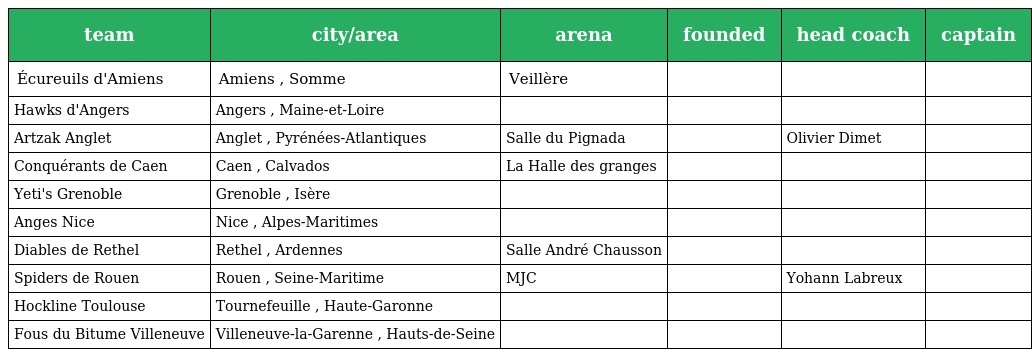
| team | city/area | arena | founded | head coach | captain |
 | --- | --- | --- | --- | --- | --- |
 | Écureuils d'Amiens | Amiens , Somme | Veillère |  |  |  |
 | Hawks d'Angers | Angers , Maine-et-Loire |  |  |  |  |
 | Artzak Anglet | Anglet , Pyrénées-Atlantiques | Salle du Pignada |  | Olivier Dimet |  |
 | Conquérants de Caen | Caen , Calvados | La Halle des granges |  |  |  |
 | Yeti's Grenoble | Grenoble , Isère |  |  |  |  |
 | Anges Nice | Nice , Alpes-Maritimes |  |  |  |  |
 | Diables de Rethel | Rethel , Ardennes | Salle André Chausson |  |  |  |
 | Spiders de Rouen | Rouen , Seine-Maritime | MJC |  | Yohann Labreux |  |
 | Hockline Toulouse | Tournefeuille , Haute-Garonne |  |  |  |  |
 | Fous du Bitume Villeneuve | Villeneuve-la-Garenne , Hauts-de-Seine |  |  |  |  |